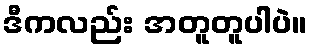
ဒီကလည်း အတူတူပါပဲ။